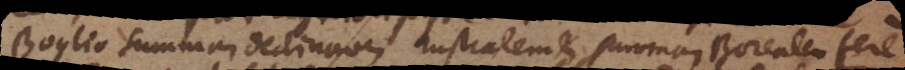
Boylio summam declinationem australem et summam Borealem fere